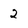
Character: 2